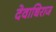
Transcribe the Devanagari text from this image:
देवाधिराज